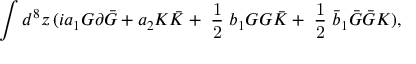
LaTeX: \int d ^ { 8 } z \, ( i a _ { 1 } G \partial \bar { G } + a _ { 2 } K \bar { K } + { \mathrm { \small { ~ \frac 1 2 ~ } } } b _ { 1 } G G \bar { K } + { \mathrm { \small { ~ \frac 1 2 ~ } } } \bar { b } _ { 1 } \bar { G } \bar { G } K ) ,